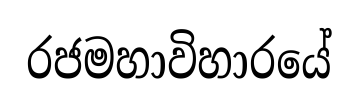
රජමහාවිහාරයේ